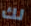
لك